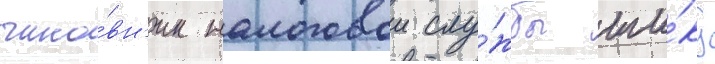
чино́вн'ик налоговои слу́жбы ши́ку